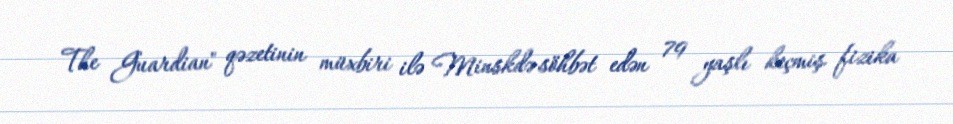
The Guardian" qəzetinin müxbiri ilə Minskdə söhbət edən 79 yaşlı keçmiş fizika